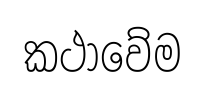
කථාවේම